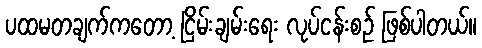
ပထမတချက်ကတော့ ငြိမ်းချမ်းရေး လုပ်ငန်းစဉ် ဖြစ်ပါတယ်။